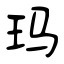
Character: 玛